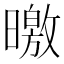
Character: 曒